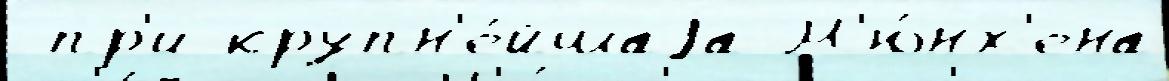
 пр'и крупн'е́йшаjа М'ю́нх'ена